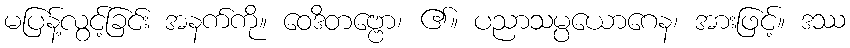
မပြန့်လွင့်ခြင်း အနက်ကို။ ဝေဒိတဗ္ဗော၊ ၏။ ပညာသမ္ပယောဂေန၊ အားဖြင့်။ ဒဿ